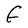
Character: F